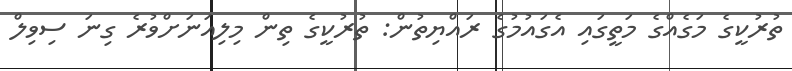
ތުރުކީގެ މަގެއްގެ މަތީގައި އެގައުމުގެ ރައްޔިތުން: ތުރުކީގެ ތިން މިލިއަނަށްވުރެ ގިނަ ސިވިލް